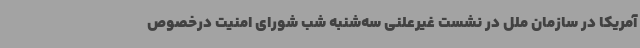
آمریکا در سازمان ملل در نشست غیرعلنی سه‌شنبه شب شورای امنیت درخصوص